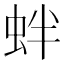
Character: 𧉻